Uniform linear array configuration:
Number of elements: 32
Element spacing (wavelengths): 0.5
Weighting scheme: binomial
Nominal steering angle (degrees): -60
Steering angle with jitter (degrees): -61.288
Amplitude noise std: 0.05
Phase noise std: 0.05

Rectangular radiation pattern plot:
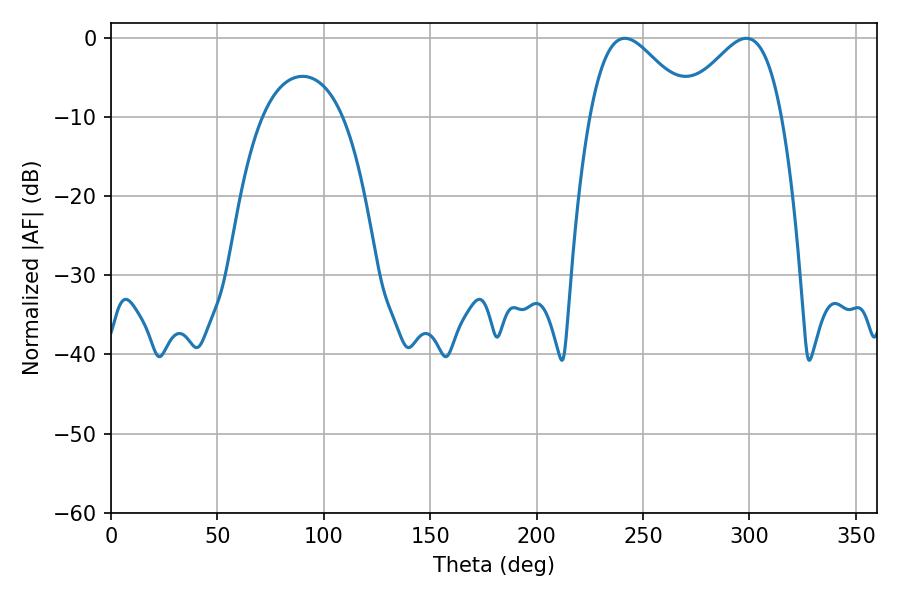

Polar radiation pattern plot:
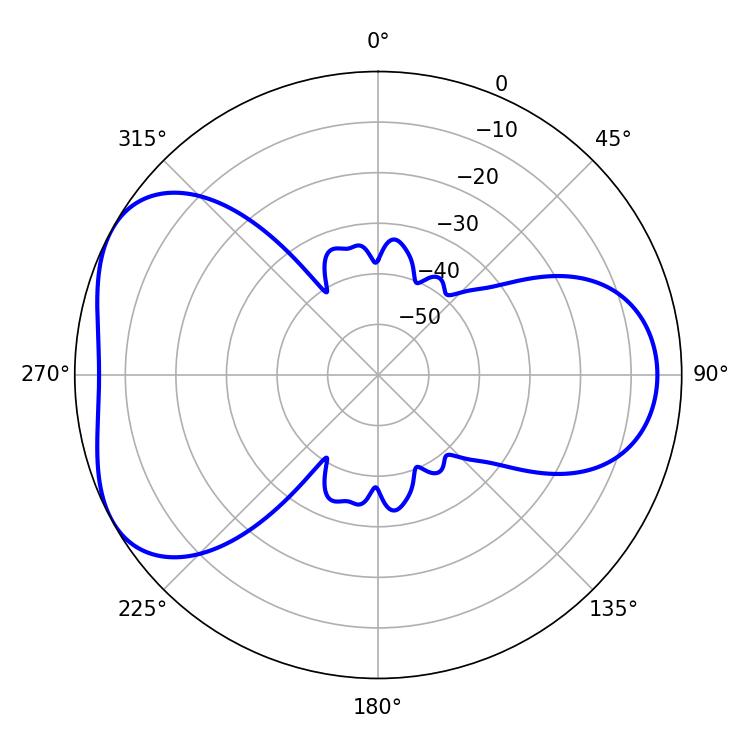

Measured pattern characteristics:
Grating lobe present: FALSE
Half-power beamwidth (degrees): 25.38
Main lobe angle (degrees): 241.38